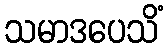
သမာဒပေသိံ